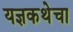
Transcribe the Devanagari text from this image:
यज्ञकथेचा